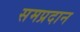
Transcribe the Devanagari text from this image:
समप्रदान